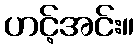
ဟင့်အင်း။